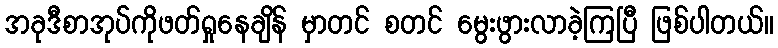
အခုဒီစာအုပ်ကိုဖတ်ရှုနေချိန် မှာတင် စတင် မွေးဖွားလာခဲ့ကြပြီ ဖြစ်ပါတယ်။